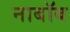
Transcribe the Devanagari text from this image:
नाबॉब